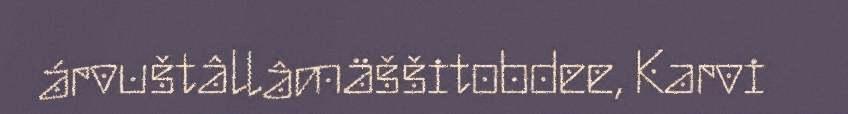
árvuštâllâmäššitobdee, Karvi